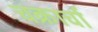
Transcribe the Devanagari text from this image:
चक्रार्चा